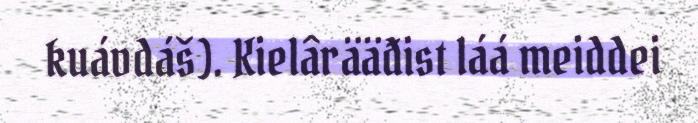
kuávdáš). Kielârääđist láá meiddei